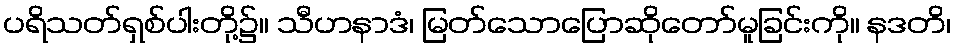
ပရိသတ်ရှစ်ပါးတို့၌။ သီဟနာဒံ၊ မြတ်သောပြောဆိုတော်မူခြင်းကို။ နဒတိ၊